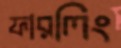
ফারলিং